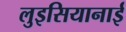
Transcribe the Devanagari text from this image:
लुइसियानाई